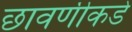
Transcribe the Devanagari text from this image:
छावणीकडे